Vaccination in the Punjab 1905-1918 - 1905-1918
Year: 1905
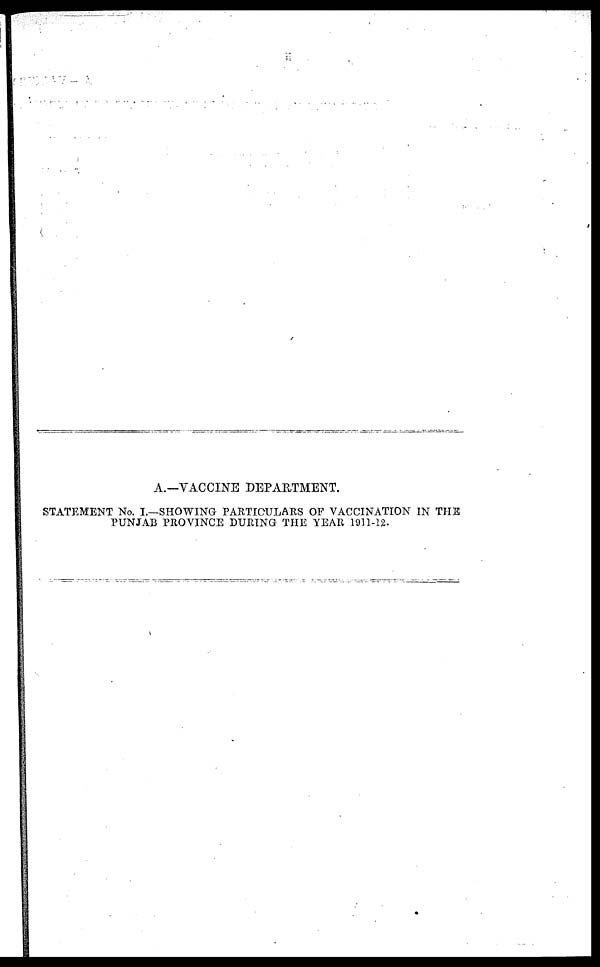
A.—VACCINE DEPARTMENT.
STATEMENT No. I.—SHOWING PARTICULARS OF VACCINATION IN THE
PUNJAB PROVINCE DURING THE YEAR 1911-12.